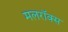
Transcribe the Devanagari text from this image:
मलरॉक्स